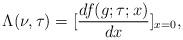
LaTeX: \begin{align*}\Lambda(\nu,\tau)=[\frac{df(g;\tau;x)}{dx}]_{x=0},\end{align*}